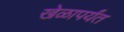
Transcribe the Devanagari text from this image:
खेळापर्यंत